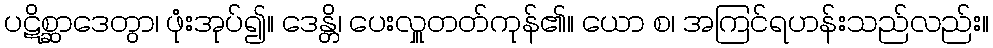
ပဋိစ္ဆာဒေတွာ၊ ဖုံးအုပ်၍။ ဒေန္တိ၊ ပေးလှူတတ်ကုန်၏။ ယော စ၊ အကြင်ရဟန်းသည်လည်း။